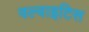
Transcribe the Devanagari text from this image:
वल्वाइटिस